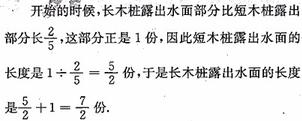
开始的时候，长木桩露出水面部分比短木桩露出部分长$\frac{2}{5}$，这部分正是1份，因此短木桩露出水面的长度是$1\div\frac{2}{5}=\frac{5}{2}$份，于是长木桩露出水面的长度是$\frac{5}{2}+1 = \frac{7}{2}$份.